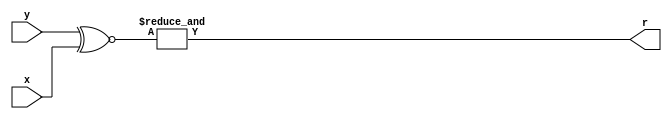
module equ_8bit(
    input  wire signed [7:0] x,
    input  wire signed [7:0] y,
    output wire              r
);

wire t1[7:0], t2[7:0];

assign {t1[7],t1[6],t1[5],t1[4],t1[3],t1[2],t1[1],t1[0]} = {y[7],y[6],y[5],y[4],y[3],y[2],y[1],y[0]} ~^ {x[7],x[6],x[5],x[4],x[3],x[2],x[1],x[0]};
assign r = & {t1[7],t1[6],t1[5],t1[4],t1[3],t1[2],t1[1],t1[0]};

endmodule